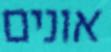
אונים